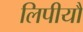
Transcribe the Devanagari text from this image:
लिपीयौं